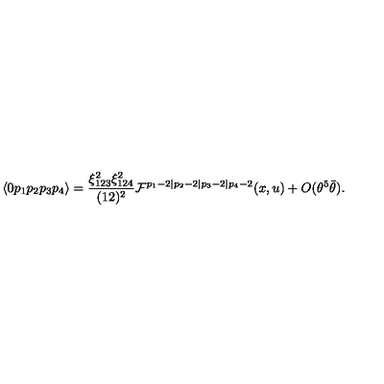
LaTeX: \langle 0 p _ { 1 } p _ { 2 } p _ { 3 } p _ { 4 } \rangle = { \frac { \xi _ { 1 2 3 } ^ { 2 } \xi _ { 1 2 4 } ^ { 2 } } { ( 1 2 ) ^ { 2 } } } { \cal F } ^ { p _ { 1 } - 2 \vert p _ { 2 } - 2 \vert p _ { 3 } - 2 \vert p _ { 4 } - 2 } ( x , u ) + O ( \theta ^ { 5 } \bar { \theta } ) .